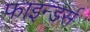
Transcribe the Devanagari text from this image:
फाइन्डर्स